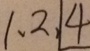
1 、 2 、 1 4